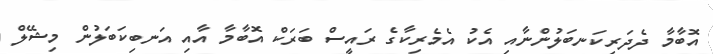
އޮބާމާ ދެދަރިކަނބަލުންނާއި އެކު އެމެރިކާގެ ރައީސް ބަރަކް އޮބާމާ އާއި އަނބިކަބަލުން މިޝޭލް